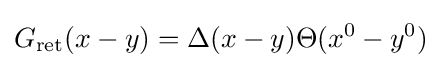
G_{\text{ret}}(x-y)=\Delta (x-y)\Theta (x^{0}-y^{0})